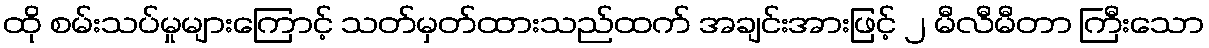
ထို စမ်းသပ်မှုများကြောင့် သတ်မှတ်ထားသည်ထက် အချင်းအားဖြင့် ၂ မီလီမီတာ ကြီးသော